Source: Handwritten
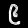
Digit: ၉ (9)